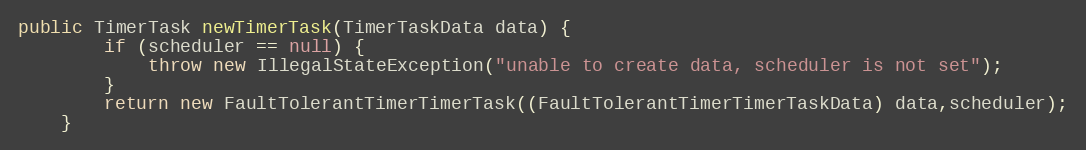
Language: Java
public TimerTask newTimerTask(TimerTaskData data) {
		if (scheduler == null) {
			throw new IllegalStateException("unable to create data, scheduler is not set");
		}
		return new FaultTolerantTimerTimerTask((FaultTolerantTimerTimerTaskData) data,scheduler);
	}